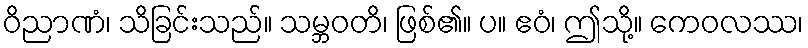
ဝိညာဏံ၊ သိခြင်းသည်။ သမ္ဘဝတိ၊ ဖြစ်၏။ ပ။ ဧဝံ၊ ဤသို့။ ကေဝလဿ၊